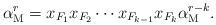
LaTeX: \begin{align*}\alpha_\mathrm{M}^{r}=x_{F_1} x_{F_2}\cdots x_{F_{k-1}} x_{F_k}\alpha_\mathrm{M}^{r-k}.\end{align*}